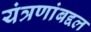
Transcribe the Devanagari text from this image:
यंत्रणांबद्दल